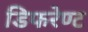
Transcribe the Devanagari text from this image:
डिफरेण्ट